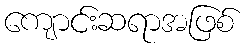
ကျောင်းဆရာအဖြစ်